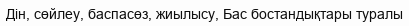
Дін, сөйлеу, баспасөз, жиылысу, Бас бостандықтары туралы